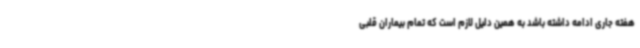
هفته جاری ادامه داشته باشد به همین دلیل لازم است که تمام بیماران قلبی